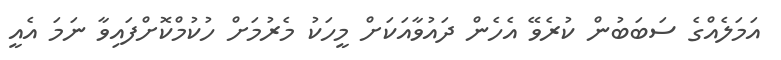
އަމަލެއްގެ ސަބަބުން ކުރެވޭ އެހެން ދައުވާއަކަށް މީހަކު މެރުމަށް ހުކުމްކޮށްފައިވާ ނަމަ އެއީ